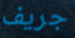
جريف